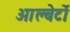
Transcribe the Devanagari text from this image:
आल्बेर्टो